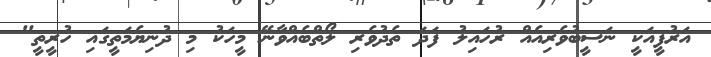
އަރުފީއަކީ ނަސީބުވެރިއެއް ރުހައިލު ފަދަ ތެދުވެރި ލޯތްބެއްވާނޭ މީހަކު މި ދުނިޔެމަތީގައި ހުރީތީ"